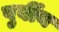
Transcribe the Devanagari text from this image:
पुर्वीय